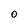
Character: O